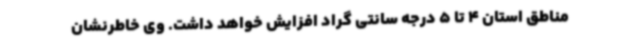
مناطق استان 4 تا 5 درجه سانتی گراد افزایش خواهد داشت. وی خاطرنشان